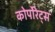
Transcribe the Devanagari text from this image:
कोर्पोरेट्स